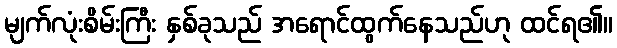
မျက်လုံးစိမ်းကြီး နှစ်ခုသည် အရောင်ထွက်နေသည်ဟု ထင်ရ၏။